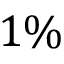
1 \%